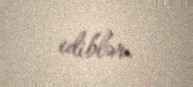
ediblər.